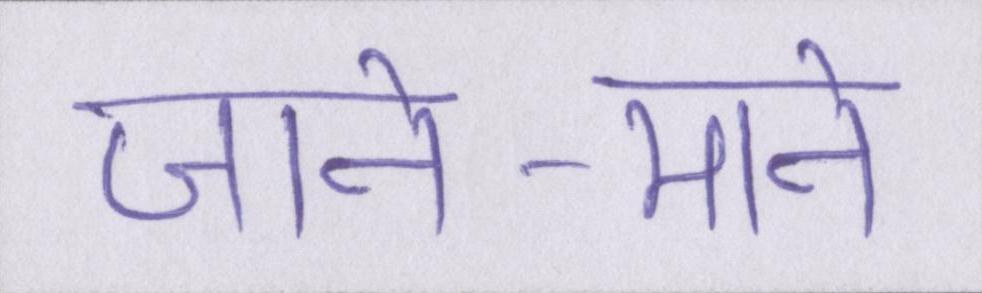
जाने-माने